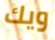
ويك